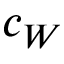
c _ { W }